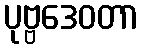
ပုဗ္ဗဒေဝတာ